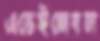
এভেইলেবল